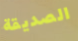
الصديقة